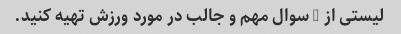
لیستی از 5 سوال مهم و جالب در مورد ورزش تهیه کنید.